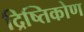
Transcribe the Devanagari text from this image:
द्रिष्तिकोण